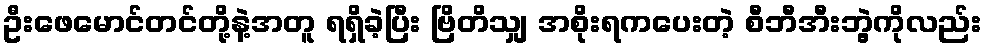
ဦးဖေမောင်တင်တို့နဲ့အတူ ရရှိခဲ့ပြီး ဗြိတိသျှ အစိုးရကပေးတဲ့ စီဘီအီးဘွဲ့ကိုလည်း